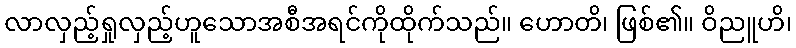
လာလှည့်ရှုလှည့်ဟူသောအစီအရင်ကိုထိုက်သည်။ ဟောတိ၊ ဖြစ်၏။ ဝိညူဟိ၊